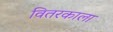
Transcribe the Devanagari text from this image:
वितरकाला